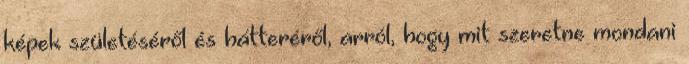
képek születéséről és hátteréről, arról, hogy mit szeretne mondani